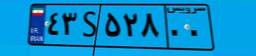
۹۵S۲۳۸۵۸